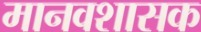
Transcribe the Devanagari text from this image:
मानवशासक